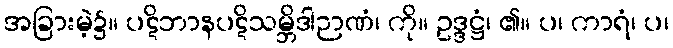
အခြားမဲ့၌။ ပဋိဘာနပဋိသမ္ဘိဒါဉာဏံ၊ ကို။ ဥဒ္ဒဋ္ဌံ၊ ၏။ ပ၊ ကာရံ၊ ပ၊